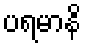
ပရမာနိ